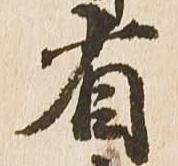
省